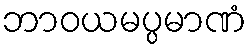
ဘာဝယမပ္ပမာဏံ